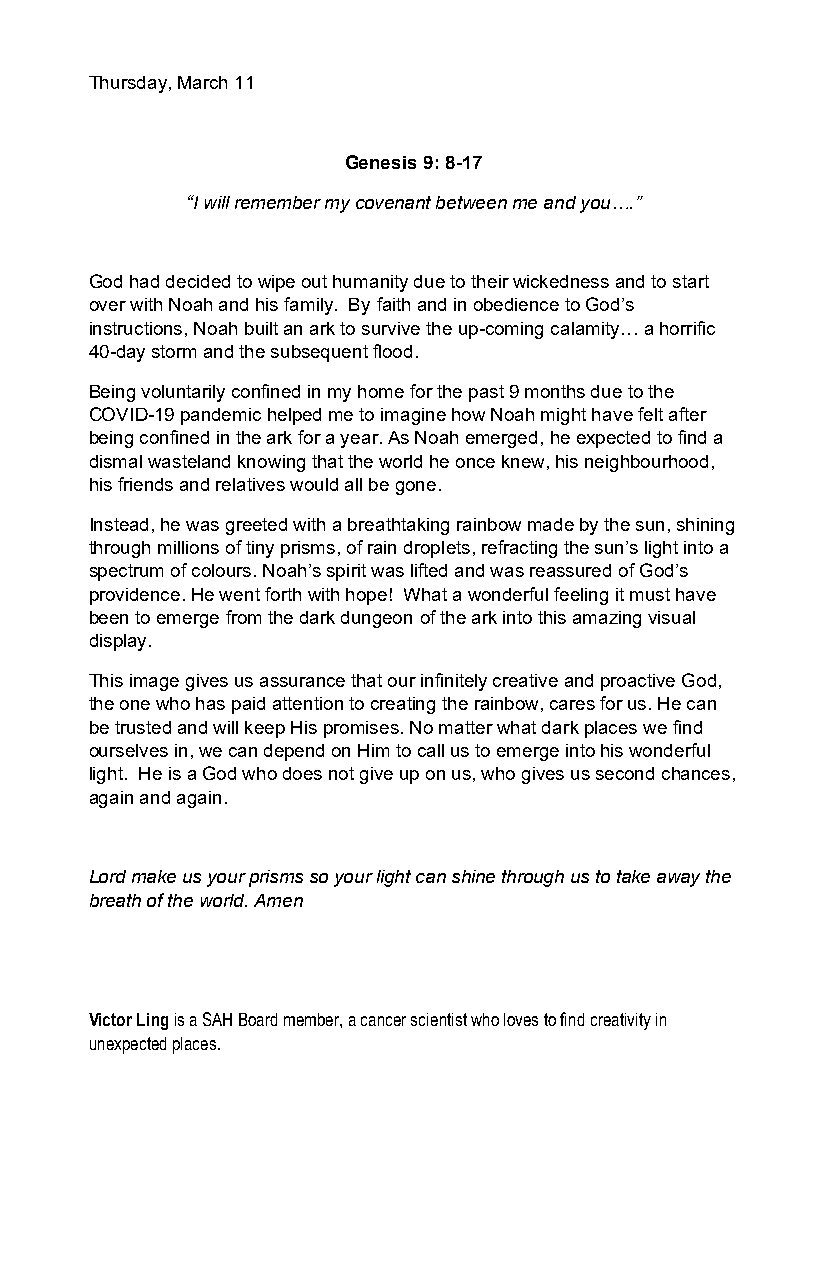
Thursday, March 11
 Genesis 9: 8-17
 “I will remember my covenant between me and you….”
 God had decided to wipe out humanity due to their wickedness and to start
 over with Noah and his family. By faith and in obedience to God’s
 instructions, Noah built an ark to survive the up-coming calamity… a horrific
 40-day storm and the subsequent flood.
 Being voluntarily confined in my home for the past 9 months due to the
 COVID-19 pandemic helped me to imagine how Noah might have felt after
 being confined in the ark for a year. As Noah emerged, he expected to find a
 dismal wasteland knowing that the world he once knew, his neighbourhood,
 his friends and relatives would all be gone.
 Instead, he was greeted with a breathtaking rainbow made by the sun, shining
 through millions of tiny prisms, of rain droplets, refracting the sun’s light into a
 spectrum of colours. Noah’s spirit was lifted and was reassured of God’s
 providence. He went forth with hope! What a wonderful feeling it must have
 been to emerge from the dark dungeon of the ark into this amazing visual
 display.
 This image gives us assurance that our infinitely creative and proactive God,
 the one who has paid attention to creating the rainbow, cares for us. He can
 be trusted and will keep His promises. No matter what dark places we find
 ourselves in, we can depend on Him to call us to emerge into his wonderful
 light. He is a God who does not give up on us, who gives us second chances,
 again and again.
 Lord make us your prisms so your light can shine through us to take away the
 breath of the world. Amen
 Victor Ling is a SAH Board member, a cancer scientist who loves to find creativity in
 unexpected places.